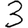
Digit: 3